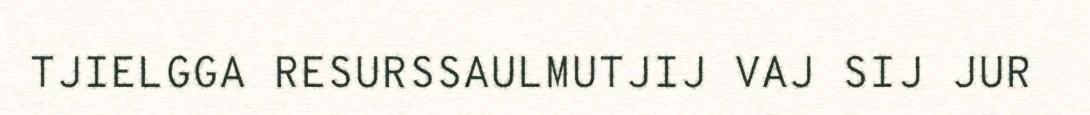
TJIELGGA RESURSSAULMUTJIJ VAJ SIJ JUR